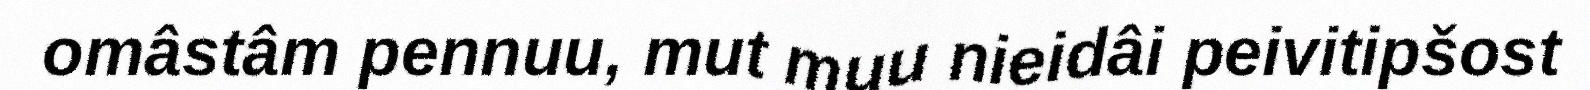
omâstâm pennuu, mut muu nieidâi peivitipšost